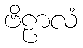
ဗိဠာလံ